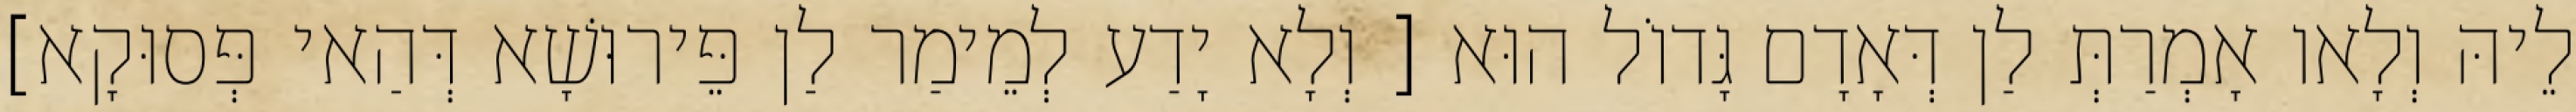
לֵיהּ וְלָאו אָמְרַתְּ לַן דְּאָדָם גָּדוֹל הוּא [ וְלָא יָדַע לְמֵימַר לַן פֵּירוּשָׁא דְּהַאי פְּסוּקָא]